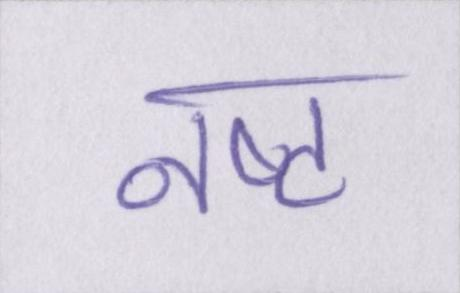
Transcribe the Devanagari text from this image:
नष्ट